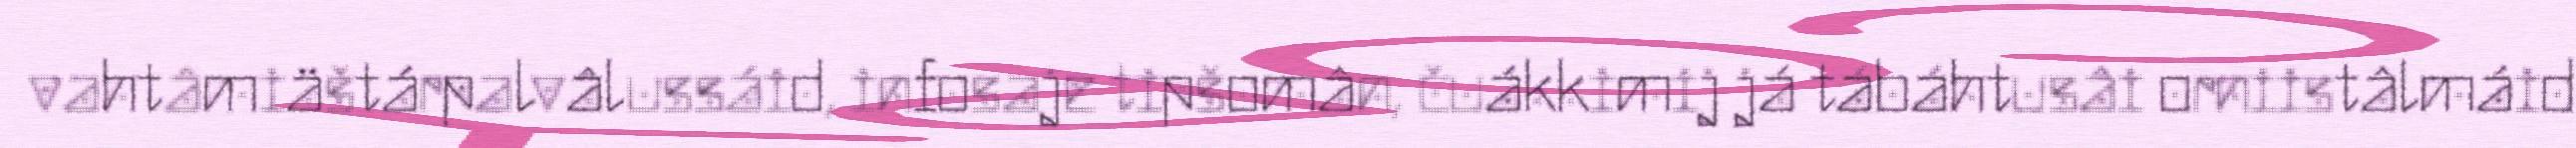
vahtâmiäštárpalvâlussáid, infosaje tipšomân, čuákkimij já tábáhtusâi orniistâlmáid